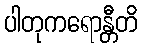
ပါတုကရောန္တီတိ